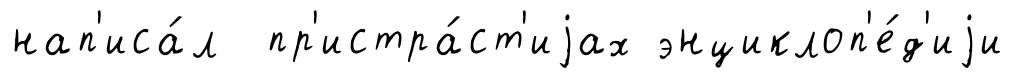
нап'иса́л пр'истра́ст'иjах энциклоп'е́д'иjи